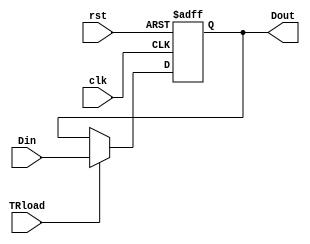
//,

module tr(Din, clk, rst, TRload, Dout);

input [7:0] Din;
input clk, rst, TRload;

output [7:0] Dout;
reg [7:0] Dout;

always @(posedge clk or negedge rst) begin
    if (!rst)
        Dout <= 0;
    else if (TRload)
        Dout <= Din;
end

endmodule